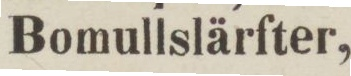
Bomullslärfter,